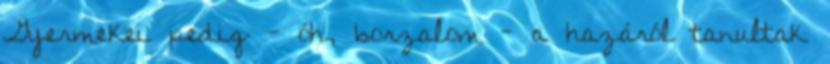
Gyermekei pedig - óh, borzalom - a hazáról tanultak